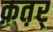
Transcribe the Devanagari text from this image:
क़त़र्